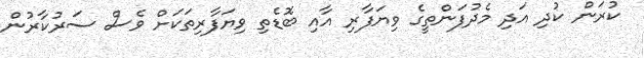
ކުރަން ކުދި އަދި މެދުފަންތީގެ ވިޔަފާރި އާއި ބޮޑެތި ވިޔަފާރިތަކަށް ވެސް ސަރުކާރުން